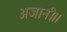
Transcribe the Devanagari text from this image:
अजानी।।